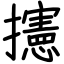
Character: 攇